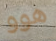
هوو